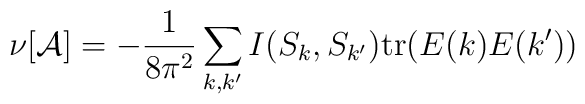
\nu [{\cal A}] = -\frac{1}{8\pi^{2} } \sum_{k,k^{\prime } } I(S_k ,S_{k^{\prime } } ) \mbox{tr} ( E(k) E(k^{\prime } ) )